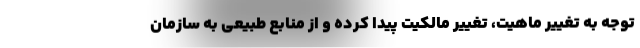
توجه به تغییر ماهیت، تغییر مالکیت پیدا کرده و از منابع طبیعی به سازمان